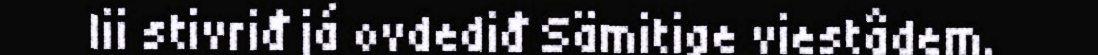
lii stivriđ já ovdediđ Sämitige viestâdem.